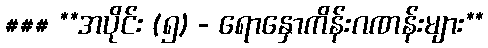
### **အပိုင်း (၅) - ရောနှောကိန်းဂဏန်းများ**